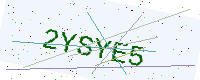
Text: 2YSYE5